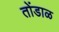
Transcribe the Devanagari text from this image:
तोंडाळ